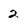
Character: 2